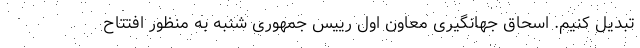
تبدیل کنیم. اسحاق جهانگیری معاون اول رییس جمهوری شنبه به منظور افتتاح